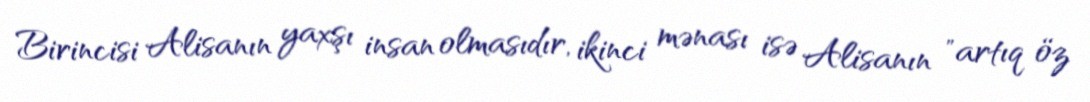
Birincisi Alisanın yaxşı insan olmasıdır, ikinci mənası isə Alisanın "artıq öz